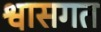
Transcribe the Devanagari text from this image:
श्वासगत